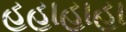
હહાહાહા